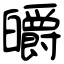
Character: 皭